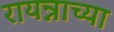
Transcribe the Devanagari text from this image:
रायन्नाच्या